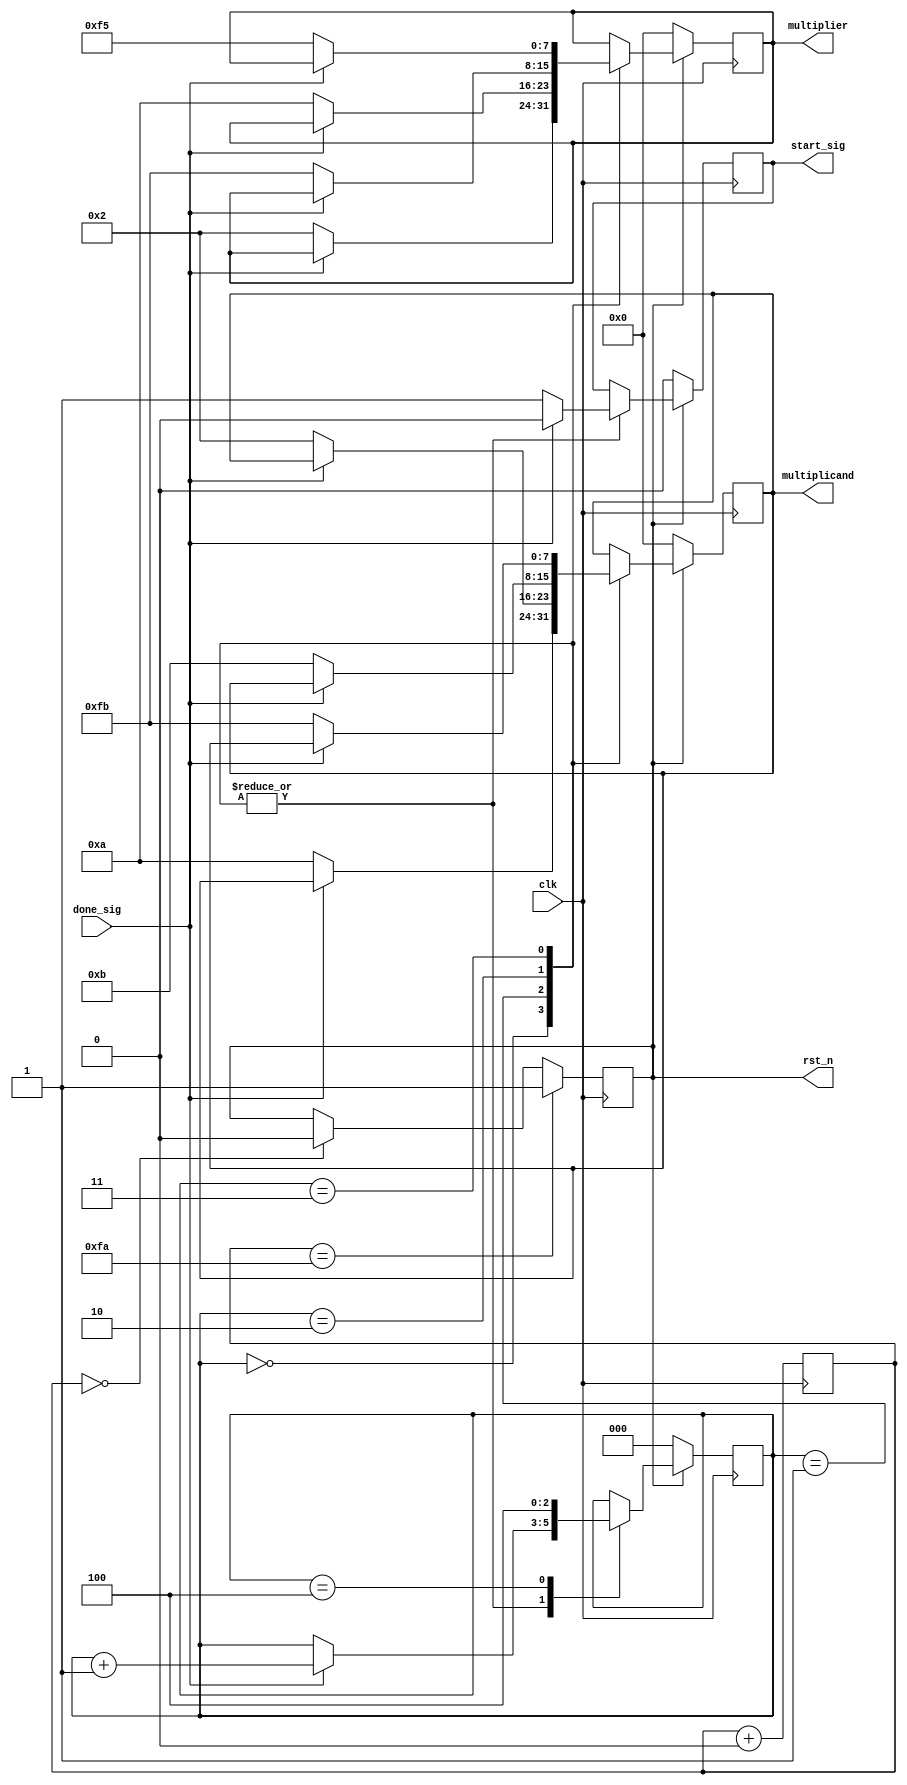
`timescale 1ns / 1ns

module multiplier_control_module(
    clk,
    done_sig,
    rst_n,
    start_sig,
    multiplicand,
    multiplier
    );
    
    input clk;
    input done_sig;
    
    output reg rst_n;
    output reg start_sig;
    output reg [7:0]multiplicand;
    output reg [7:0]multiplier;

    
    reg [7:0] cnt;
    
    always @(posedge clk) begin
        cnt <= cnt + 1'b0;
    end
    
    
    // rst_n
    always @(posedge clk) begin
        if (cnt == 8'd0)
            rst_n <= 1'b0;
        if (cnt == 8'd250)
            rst_n <= 1'b1;
    end
    
    
    //multiplier_module
    reg [2:0]i;
    
    always @(posedge clk) begin
        if (!rst_n) begin
            i <= 3'd0;
            start_sig <= 1'b0;
            multiplicand <= 8'd0;
            multiplier <= 8'd0;
        end
        else
            case (i)
                
                0: // 10 * 2
                if (done_sig) begin
                    i <= i + 1'b1;
                    start_sig <= 1'b0;
                end
                else begin
                    start_sig <= 1'b1;
                    multiplicand <= 8'd10;
                    multiplier <= 8'd2;
                end

                1: // 2 * 10
                if (done_sig) begin
                    i <= i + 1'b1;
                    start_sig <= 1'b0;
                end
                else begin
                    start_sig <= 1'b1;
                    multiplicand <= 8'd2;
                    multiplier <= 8'd10;
                end
                
                2: // 11 * -5
                if (done_sig) begin
                    i <= i + 1'b1;
                    start_sig <= 1'b0;
                end
                else begin
                    start_sig <= 1'b1;
                    multiplicand <= 8'd11;
                    multiplier <= 8'b1111_1011;
                end
                
                3: // -5 * -11
                if (done_sig) begin
                    i <= i + 1'b1;
                    start_sig <= 1'b0;
                end
                else begin
                    start_sig <= 1'b1;
                    multiplicand <= 8'b1111_1011;
                    multiplier <= 8'b1111_0101;
                end
                
                4: // -5 * -11
                    i <= 3'd4;
                
            endcase
    end
    
    //    // GSR GSR_INST(.GSR(1'b1));
    // PUR PUR_INST(.PUR(1'b1));
    
endmodule